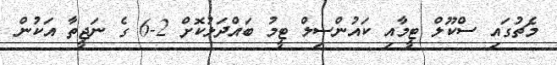
މެޗުގައި ސްކޫލް ޓީމާއި ކައުންސިލް ޓީމު ބައްދަލުކޮށް 2-6 ގެ ނަޖީތާ އަކުން